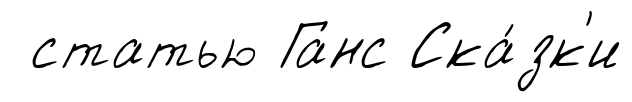
статью Ганс Ска́зк'и